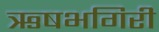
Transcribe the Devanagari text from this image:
ऋषभगिरी